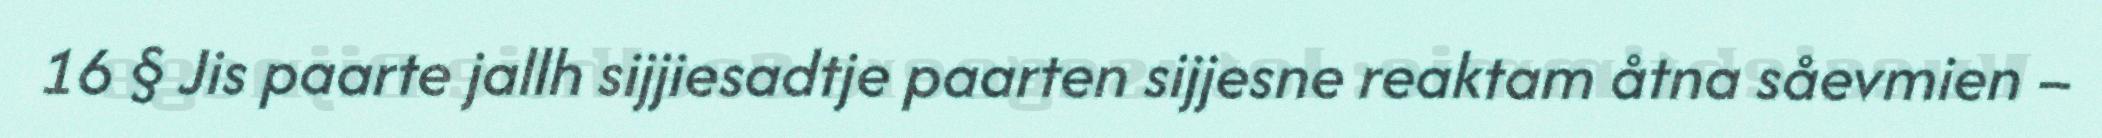
16 § Jis paarte jallh sijjiesadtje paarten sijjesne reaktam åtna såevmien –